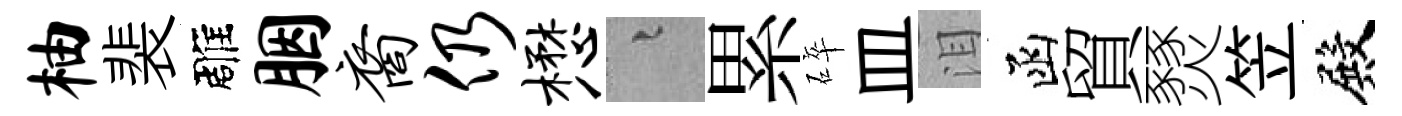
柚裴雕胭裔仍懋融累碎皿泪函貿燹笠殿